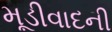
મૂડીવાદની